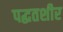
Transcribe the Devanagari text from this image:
पद्घतशीर